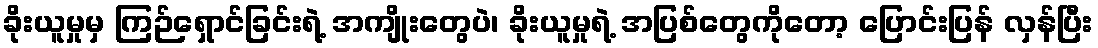
ခိုးယူမှုမှ ကြဉ်ရှောင်ခြင်းရဲ့ အကျိုးတွေပဲ၊ ခိုးယူမှုရဲ့ အပြစ်တွေကိုတော့ ပြောင်းပြန် လှန်ပြီး